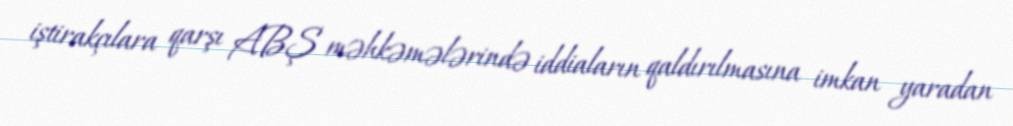
iştirakçılara qarşı ABŞ məhkəmələrində iddiaların qaldırılmasına imkan yaradan